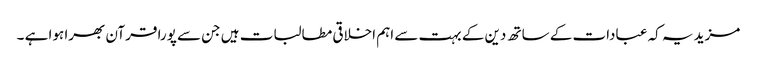
مزید یہ کہ عبادات کے ساتھ دین کے بہت سے اہم اخلاقی مطالبات ہیں جن سے پورا قرآن بھرا ہوا ہے ۔